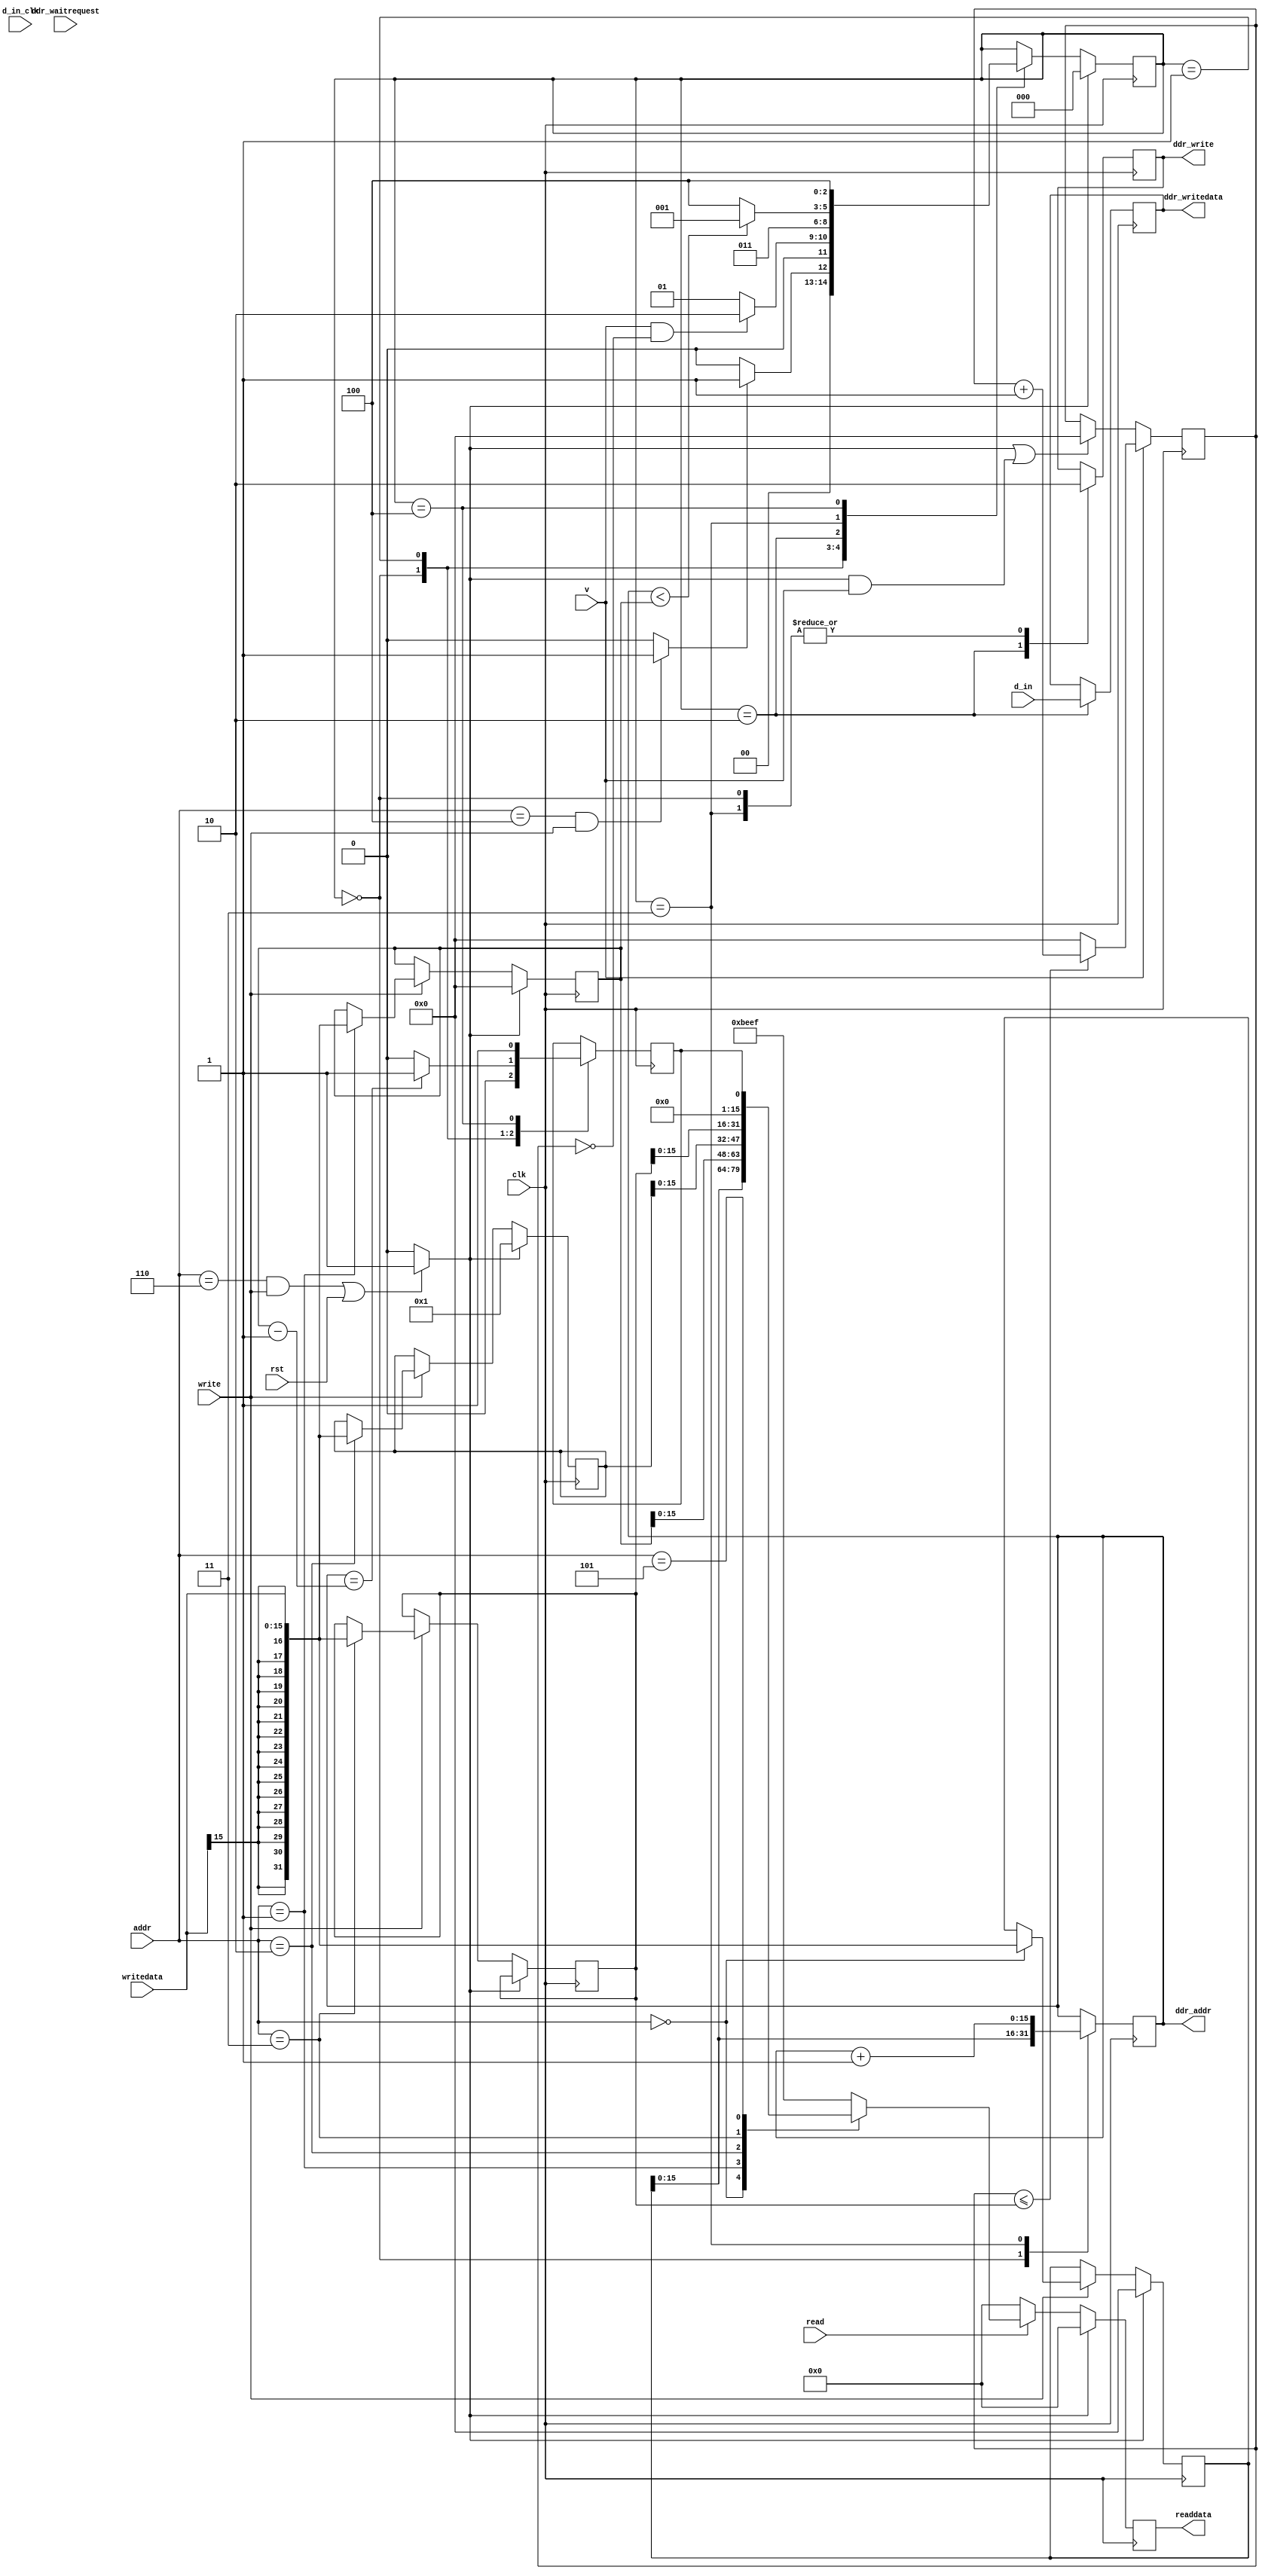
`timescale 1ns/1ns

module write_master(//DDR3 Avalon-MM interface
					input wire 			     ddr_waitrequest,
					output reg 		  [15:0] ddr_addr,
					output reg 			     ddr_write,
					output reg signed [15:0] ddr_writedata,
					
					//writetodram Avalon-MM interface
					input wire signed [15:0] writedata,
					output reg signed [15:0] readdata,
					input wire 		  [2:0]  addr,
					input wire 		  	     read,
					input wire 			     write,
					
					//Streaming input
					input wire signed [15:0] d_in,
					input wire 				 d_in_clk,
					input wire  			 v,
					  
					//Clock and reset
					input wire 				clk,
					input wire 				rst);
					
		// Address map
		// 0x0: write base
		// 0x1: write length
		// 0x2: step
		// 0x3: write rate
		// 0x4: start
		// 0x5: done
		// 0x6: reset
					
		reg [31:0] addr_init; 	  // Initial starting address
		reg [31:0] stream_length; // Number of samples to stream
		reg [31:0] addr_step;     // address step
		reg [31:0] tmp;
		reg [31:0] rate; 		  // Data stream rate (relative to input clock period)
		reg [31:0] rate_count;
		
		
		parameter S0 = 0, S1 = 1, S2 = 2, S3 = 3, S4 = 4;
		
		reg [2:0] state;
		
		reg done;
		
		assign start = ((addr == 3'h4) && (write == 1)) ? 1 : 0;
		
		assign reset = (((addr == 3'h6) && (write == 1)) || rst) ? 1 : 0;
		
		// rate counter
		
		always @(posedge clk)
		begin
			if (reset || (reset && v))
				rate_count <= 32'b0;
			if (v)
				if (rate_count <= rate)
					rate_count <= rate_count + 1;
				else
					rate_count <= 32'b0;
		end
			
					
		always @(posedge clk)
		begin
			if (reset)
			begin
				addr_init <= 32'b0;
				stream_length <= 32'b0;
				addr_step <= 32'b1;
				readdata <= 32'b0;
			end else
			begin
				// writetodram Avalon-MM interface
				if (read)
				begin
					case (addr)
						0: readdata <= addr_init;
						1: readdata <= stream_length;
						2: readdata <= addr_step;
						3: readdata <= rate;
						5: readdata <= done;
						default: readdata <= 32'hdeadbeef;
					endcase
				end else
					readdata <= 32'b0;
				if (write)
				begin
					case (addr)
						0: addr_init <= writedata;
						1: stream_length <= writedata;
						2: addr_step <= writedata;
						3: rate <= writedata;
						default: tmp <= writedata;
					endcase
				end
			end
		end
		
		// DDR3 writer state machine
		always @(posedge clk)
		begin
			if (reset)
				state <= S0;
			else
			begin
				case (state)
					0:  if (start)
							state <= S1;
						else
							state <= S0;
					1:  if (v && (rate_count == 0))
							state <= S2;
						else
							state <= S1;
					2:  if (S2)
							state <= S3;
						else
							state <= S2;
					3: if (ddr_addr < stream_length)
							state <= S1;
					   else
							state <= S4;
					4: if (reset)
							state <= S0;
					   else
							state <= S4;
				endcase
			end
		end
		
		always @(posedge clk)
		begin
			case (state)
				0: begin
						ddr_addr   <= addr_init;
						ddr_write  <= 1'b0;
						done       <= 1'b0;
				   end
				1: if (ddr_addr == stream_length - 1)
						done <= 1'b1;
				   else
						done <= 1'b0;
				2: begin
						ddr_write 	   <= 1'b1;
						ddr_writedata <= d_in;
				   end 
				3: begin
						ddr_write <= 1'b0;
						ddr_addr  <= ddr_addr + 1;
				   end
				4: done <= 1'b1;
			endcase
		end
endmodule